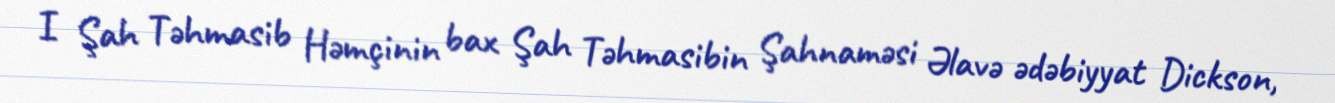
I Şah Təhmasib Həmçinin bax Şah Təhmasibin Şahnaməsi Əlavə ədəbiyyat Dickson,